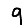
Digit: 9